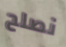
نصلح